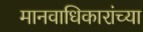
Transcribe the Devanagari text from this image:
मानवाधिकारांच्या